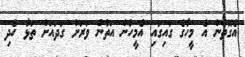
އެގޮތުން އެ މީހާގެ ގައިގައި އެމީހުން އަތުން ވަރަށް ގަދައަށް ތަޅާ ހެދި